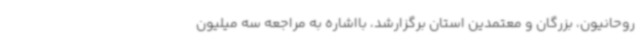
روحانیون، بزرگان و معتمدین استان برگزارشد، بااشاره به مراجعه سه میلیون